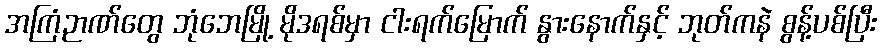
အကြံဉာဏ်တွေ ဘုံဘေမြို့ မိုဒရစ်မှာ ငါးရက်မြောက် နွားနောက်နှင့် ဘုတ်ကနဲ စွန့်ပစ်ပြီး